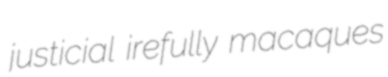
justicial irefully macaques